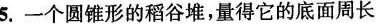
5. 一个圆锥形的稻谷堆，量得它的底面周长